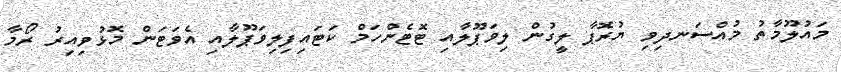
މައުލޫމާތު މުއްސަނދިވި ޔުރޮޕާ ލީގުން ލިވަޕޫލާއި ޓޮޓެންހަމްް ކަޓައިިފިލިވަޕޫލާއި އެވަޓަން މޮޅުވިއިރު ރޯމާ